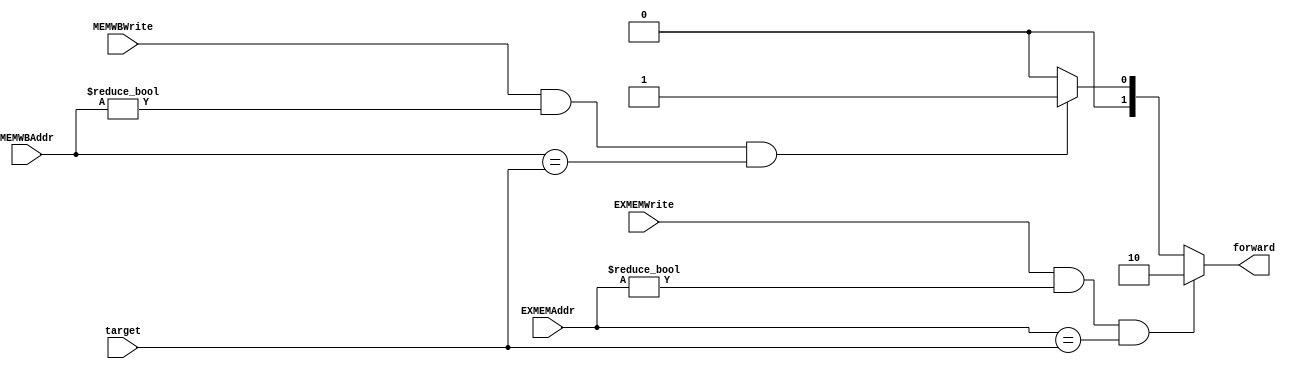
module ForwardUnit(
        input [4:0] EXMEMAddr,
        input [4:0] MEMWBAddr,
        input [4:0] target,
        input EXMEMWrite,
        input MEMWBWrite,
        output [1:0] forward
    );

    assign forward = ((EXMEMWrite == 1) && (EXMEMAddr != 0) && (EXMEMAddr == target))?2'b10:((MEMWBWrite == 1) && (MEMWBAddr != 0) && (MEMWBAddr == target))?2'b01:2'b00;

endmodule